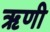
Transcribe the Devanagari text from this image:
ॠणी